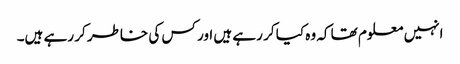
انہیں معلوم تھا کہ وہ کیا کر رہے ہیں اور کس کی خاطر کر رہے ہیں۔